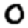
Digit: 0